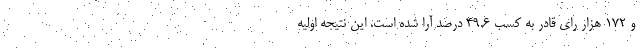
و 172 هزار رای قادر به کسب 49.6 درصد آرا شده است. این نتیجه اولیه